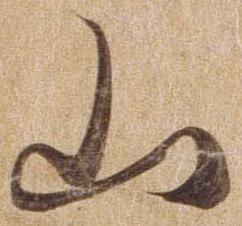
山